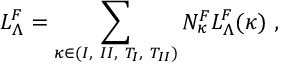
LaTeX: { \cal L } _ { \Lambda } ^ { F } = \sum _ { \kappa \in { ( I , ~ I I , ~ T _ { I } , ~ T _ { I I } ) } } N _ { \kappa } ^ { F } { \cal L } _ { \Lambda } ^ { F } ( \kappa ) ~ ,